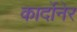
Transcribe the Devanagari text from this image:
कार्दोनेर